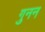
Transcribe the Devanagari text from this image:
गुनन